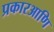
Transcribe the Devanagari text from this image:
प्रकारआणि